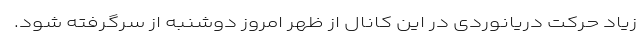
زیاد حرکت دریانوردی در این کانال از ظهر امروز دوشنبه از سرگرفته شود.